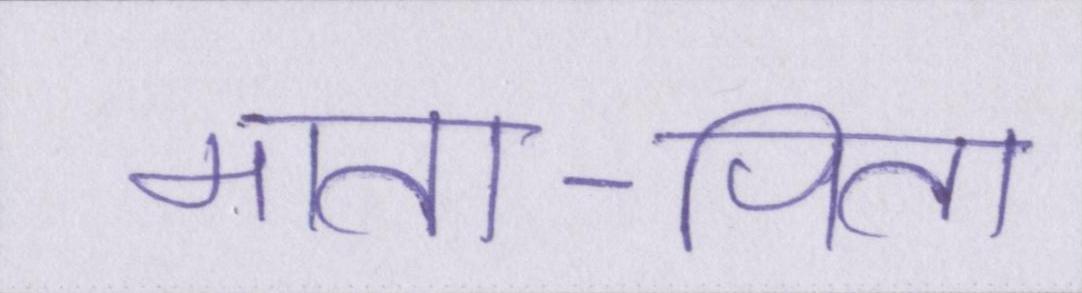
माता-पिता